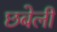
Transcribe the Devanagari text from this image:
छबेली